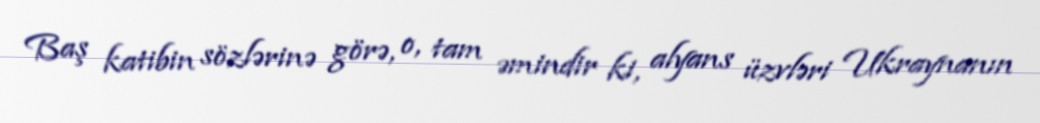
Baş katibin sözlərinə görə, o, tam əmindir ki, alyans üzvləri Ukraynanın